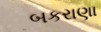
બકરાણા